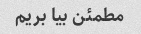
مطمئن بیا بریم